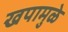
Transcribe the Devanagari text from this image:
खपामुळे